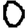
Digit: 0